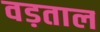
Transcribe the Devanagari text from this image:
वड़ताल